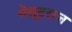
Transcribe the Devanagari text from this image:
गेसूदराज